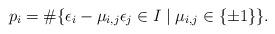
LaTeX: \begin{align*}p_i = \# \{ \epsilon_i - \mu_{i,j}\epsilon_{j} \in I \mid \mu_{i,j} \in \{\pm1\}\}.\end{align*}